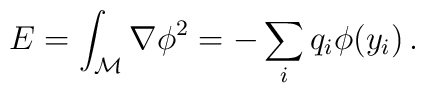
E = \int_{{\cal M}} {\nabla \phi}^2 = - \sum_i q_i \phi(y_i)\,.